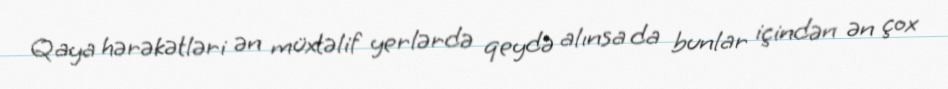
Qaya hərəkətləri ən müxtəlif yerlərdə qeydə alınsa da bunlar içindən ən çox